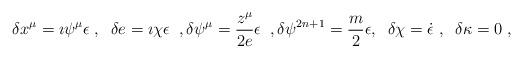
LaTeX: \begin{align*}\delta x^\mu=\imath\psi^\mu \epsilon\;,\;\;\delta e=\imath\chi\epsilon\;\;,\delta\psi^\mu=\frac{z^\mu}{2e}\epsilon\;\;,\delta\psi^{2n+1}=\frac{m}{2}\epsilon,\;\;\delta\chi=\dot\epsilon\;,\;\;\delta\kappa=0\;,\end{align*}